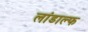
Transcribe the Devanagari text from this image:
लांडाल्फ